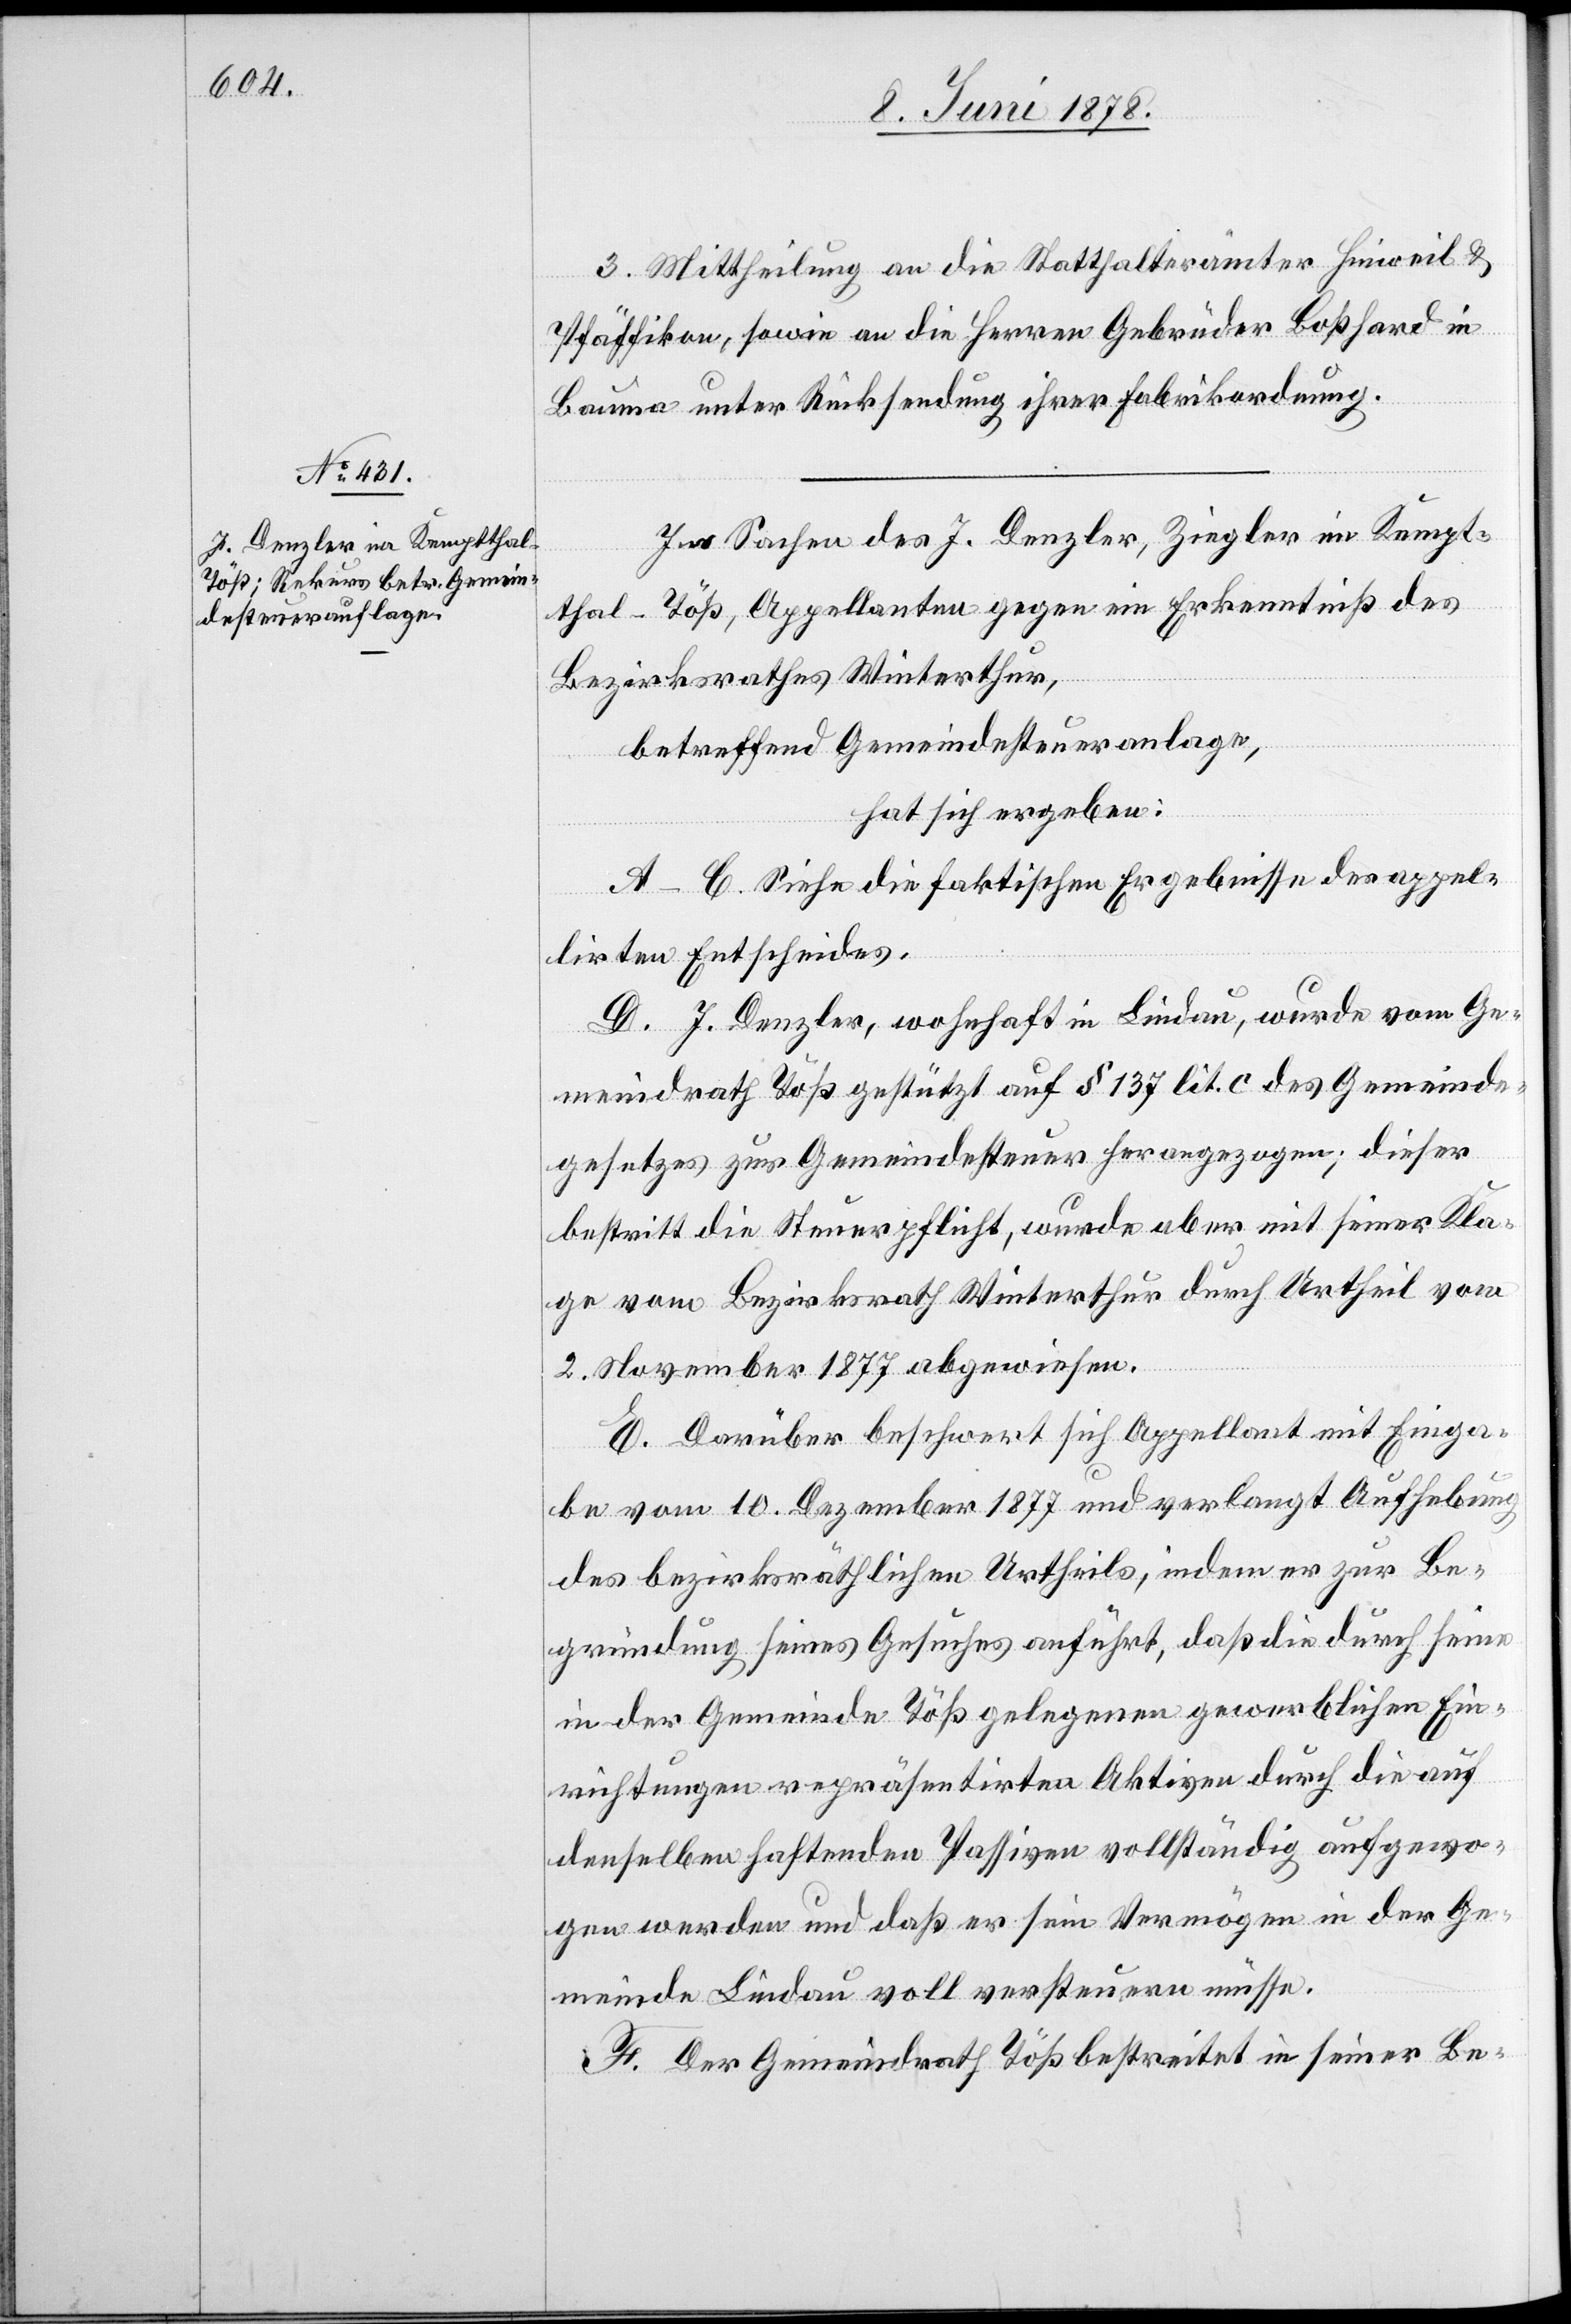
3. Mittheilung an die Statthalterämter Hinweil &
Pfäffikon, sowie an die Herren Gebrüder Boßhard in
Bauma unter Rücksendung ihrer Fabrikordnung.
In Sachen des J. Denzler, Ziegler im Kempt¬
thal - Töß, Appellanten gegen ein Erkenntniß des
Bezirksrathes Winterthur,
betreffend Gemeindesteueranlage,
hat sich ergeben:
A–C. Siehe die faktischen Ergebnisse des appel¬
irten Entscheides.
D. J. Denzler, wohnhaft in Lindau, wurde vom Ge¬
meindrath Töß gestützt auf § 137 lit. c des Gemeinde¬
gesetzes zur Gemeindesteuer herangezogen; dieser
bestritt die Steuerpflicht, wurde aber mit seiner Kla¬
ge vom Bezirksrath Winterthur durch Urtheil vom
2. November 1877 abgewiesen.
E. Darüber beschwert sich Appellant mit Einga¬
be vom 10. Dezember 1877 und verlangt Aufhebung
des bezirksräthlichen Urtheils, indem er zur Be¬
gründung seines Gesuches anführt, daß die durch seine
in der Gemeinde Töß gelegenen gewerblichen Ein¬
richtungen repräsentirten Aktiven durch die auf
denselben haftenden Passiven vollständig aufgewo¬
gen werden und daß er sein Vermögen in der Ge¬
meinde Lindau voll versteuern müsse.
F. Der Gemeindrath Töß bestreitet in seiner Be-